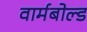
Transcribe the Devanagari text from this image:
वार्मबोल्ड